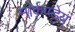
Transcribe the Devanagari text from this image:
मार्कण्‍डेय